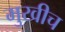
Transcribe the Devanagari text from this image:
मुखीच